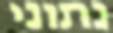
נתוני